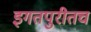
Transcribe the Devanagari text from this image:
इगतपुरीतच